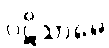
ပဋိသာမေ